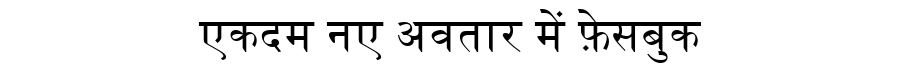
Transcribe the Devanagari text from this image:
एकदम नए अवतार में फ़ेसबुक